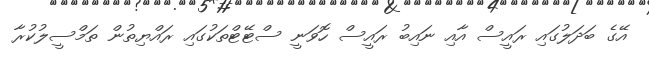
އޭގެ ބަދަލުގައި ރައީސް އާއި ނައިބު ރައީސް ހޮވަނީ ސްޓޭޓްތަކުގައި ރައްޔިތުން ތަމްސީލުކުރާ